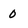
Character: 0